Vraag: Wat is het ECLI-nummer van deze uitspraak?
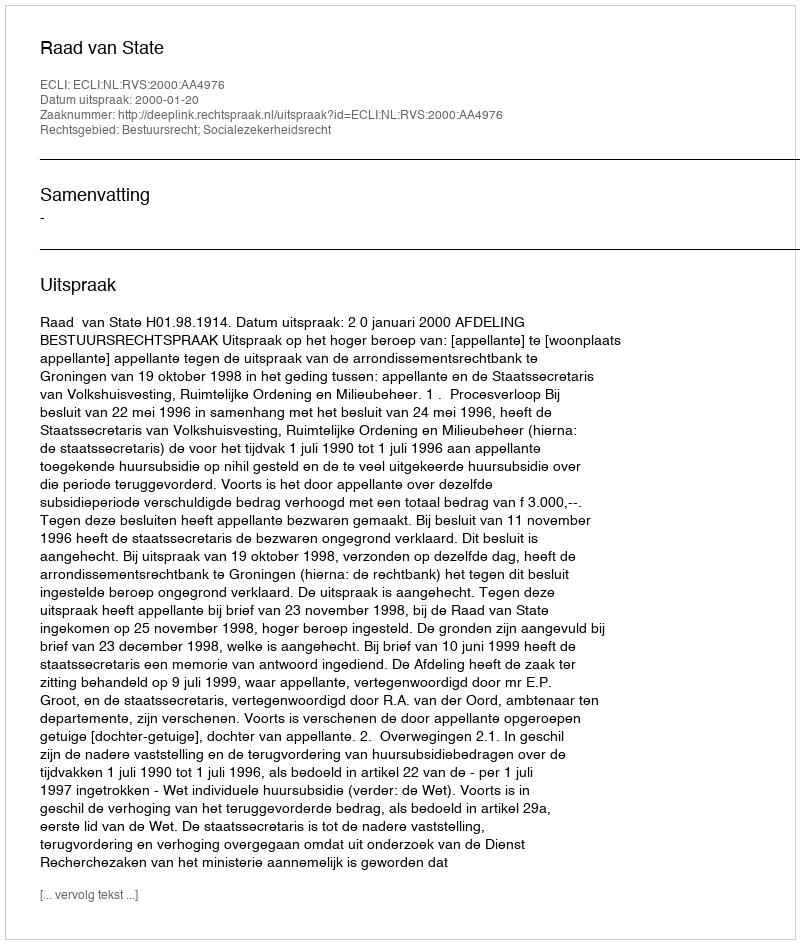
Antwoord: ECLI:NL:RVS:2000:AA4976